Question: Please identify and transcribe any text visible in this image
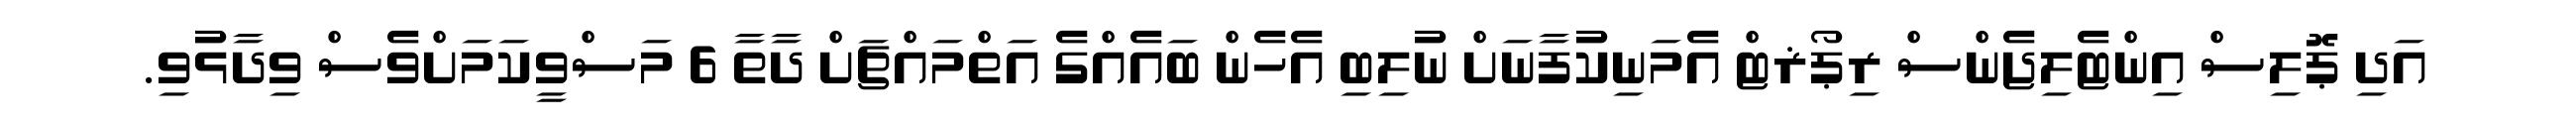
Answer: އަދި ޕޮލިސް އިންޓެލިޖެންސް ރިޕޯޜޓް އެމަނިކުފާނަށް ނުލިބި އެހެން ބައެއްގެ އަތްމައްޗަށް ދާތާ 6 މަސްވީކަމަށްވެސް ވިދާޅުވި.